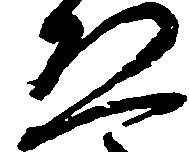
ゑ